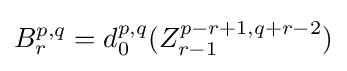
B_{r}^{p,q}=d_{0}^{p,q}(Z_{r-1}^{p-r+1,q+r-2})